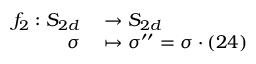
\begin{array} { r l } { f _ { 2 } : S _ { 2 d } } & { { } \to S _ { 2 d } } \\ { \sigma } & { { } \mapsto \sigma ^ { \prime \prime } = \sigma \cdot ( 2 4 ) } \end{array}